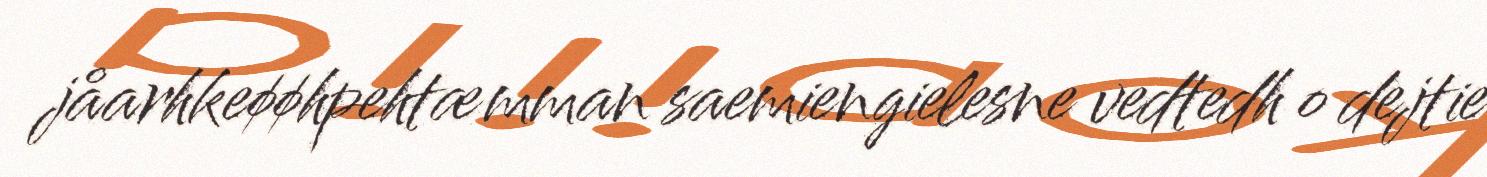
jåarhkeøøhpehtæmman saemiengielesne vedtedh o dejtie